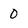
Character: 0